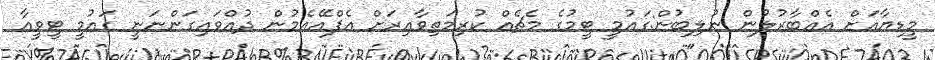
މީޑިޔާއަށް އެއްބާރުލުން ނުލިބުން:ގައުމީ ޓީމުގެ މެޗެއްް ކުރިމަތިވާއިރަށް އެފްއޭއެމުން ދުއްވައިގަންނަނީ ގައުމީ ޓީވީއާ